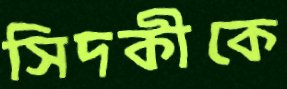
সিদকীকে